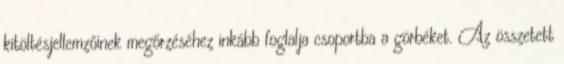
kitöltésjellemzőinek megőrzéséhez inkább foglalja csoportba a görbéket. Az összetett